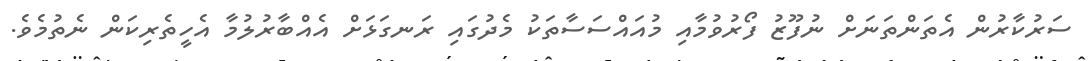
ސަރުކާރުން އެތަންތަނަށް ނުފޫޒު ފޯރުވުމާއި މުއައްސަސާތަކު މެދުގައި ރަނގަޅަށް އެއްބާރުލުމާ އެހީތެރިކަން ނެތުމެވެ.